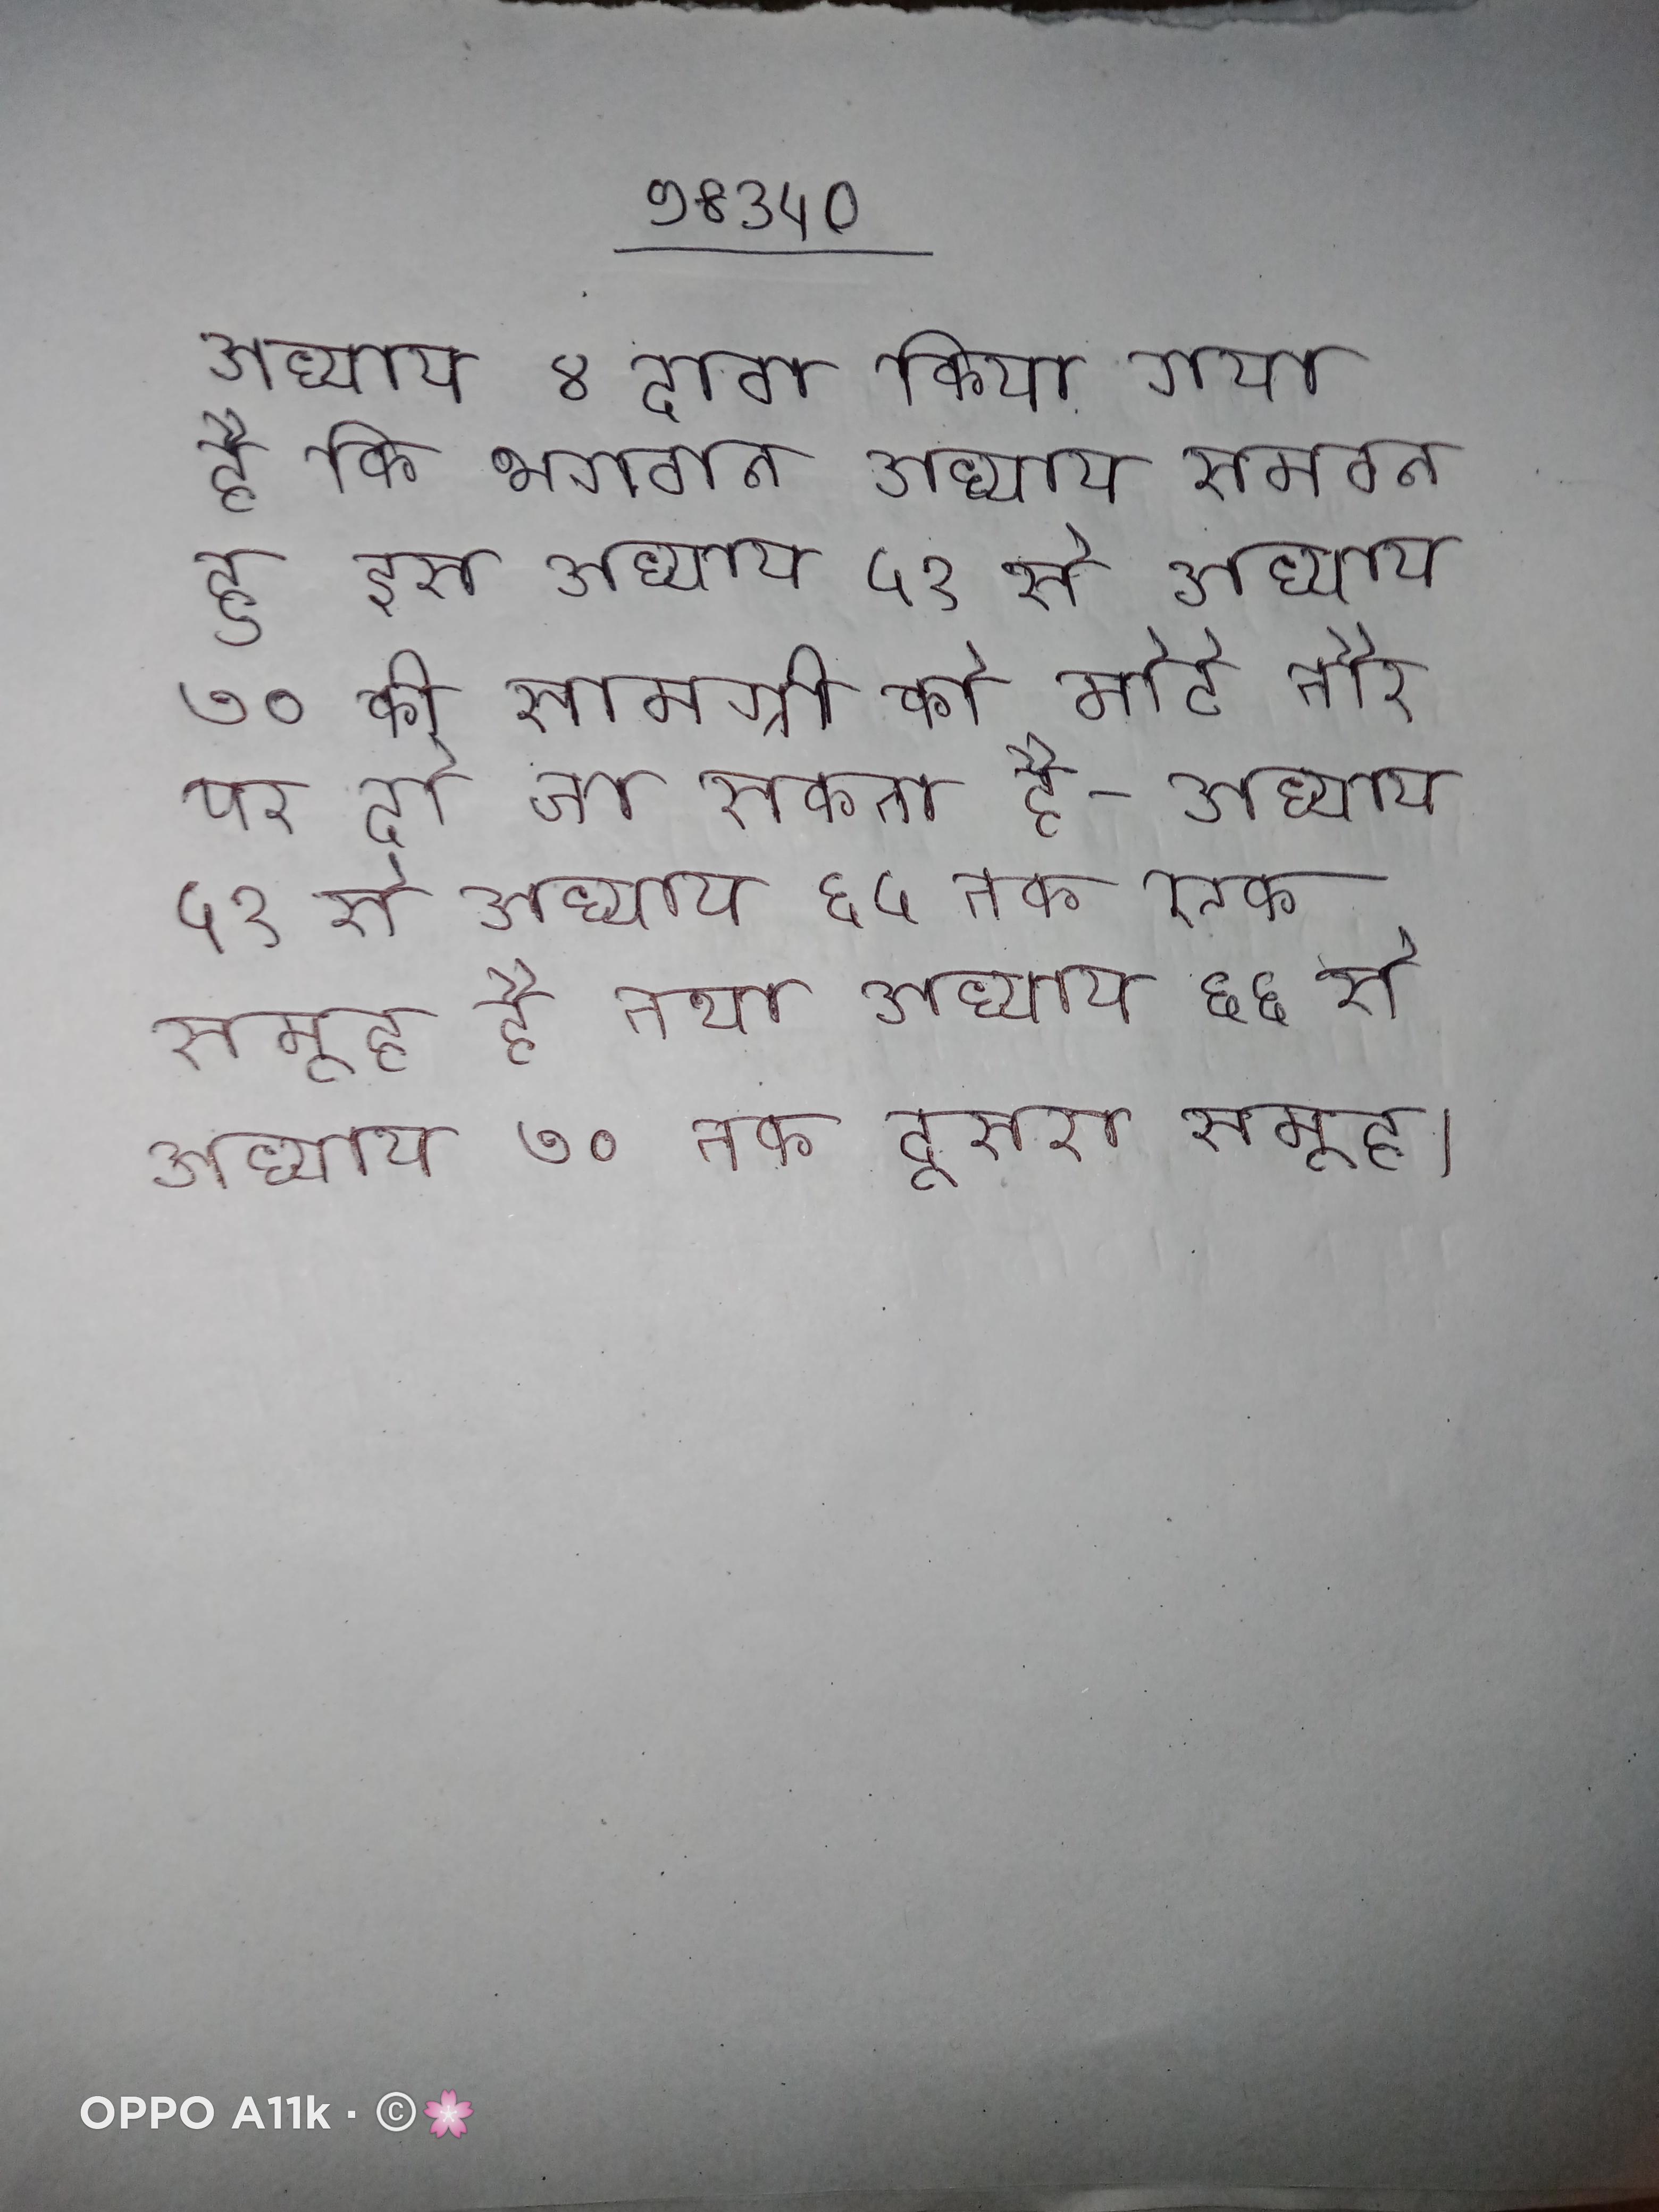
अध्याय ४ दावा किया गया है कि भगवान अध्याय समवन हू इस अध्याय ५१ से अध्याय ७० की सामग्री को मोटे तौर पर दो जा सकता है- अध्याय ५१ से अध्याय ६५ तक एक समूह है तथा अध्याय ६६ से अध्याय ७० तक दूसरा समूह ।